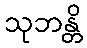
သုဘန္တိ